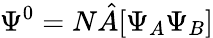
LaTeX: \Psi^{0}=N\hat{A}[\Psi_{A}\Psi_{B}]